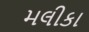
મલીકા